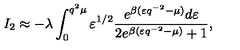
I _ { 2 } \approx - \lambda \int _ { 0 } ^ { q ^ { 2 } \mu } \varepsilon ^ { 1 / 2 } \frac { e ^ { \beta ( \varepsilon q ^ { - 2 } - \mu ) } d \varepsilon } { 2 e ^ { \beta ( \varepsilon q ^ { - 2 } - \mu ) } + 1 } ,